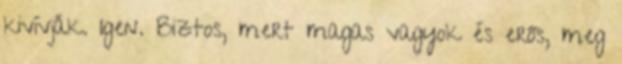
kivívják. Igen. Biztos, mert magas vagyok és erős, meg